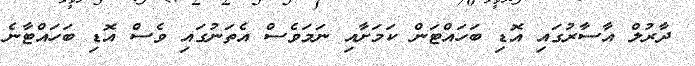
ދާރުލް އާސާރުގައި އޮޑި ބަހައްޓަން ކަމަށާއި ނަމަވެސް އެތަނުގައި ވެސް އޮޑި ބަހައްްޓާނެ